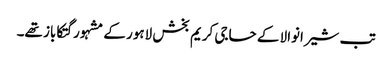
تب شیرانوالا کے حاجی کریم بخش لاہور کے مشہور گتکاباز تھے۔